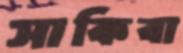
সাকিবা